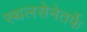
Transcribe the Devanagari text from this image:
स्थलसेनेतर्फे